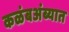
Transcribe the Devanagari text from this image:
कळंबअंब्यात